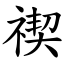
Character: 禊